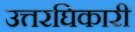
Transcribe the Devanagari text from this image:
उत्तरघिकारी